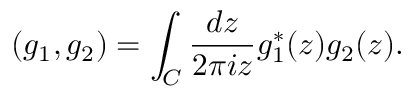
( g _ { 1 } , g _ { 2 } ) = \int _ { \cal C } \frac { d z } { 2 \pi i z } g _ { 1 } ^ { * } ( z ) g _ { 2 } ( z ) .